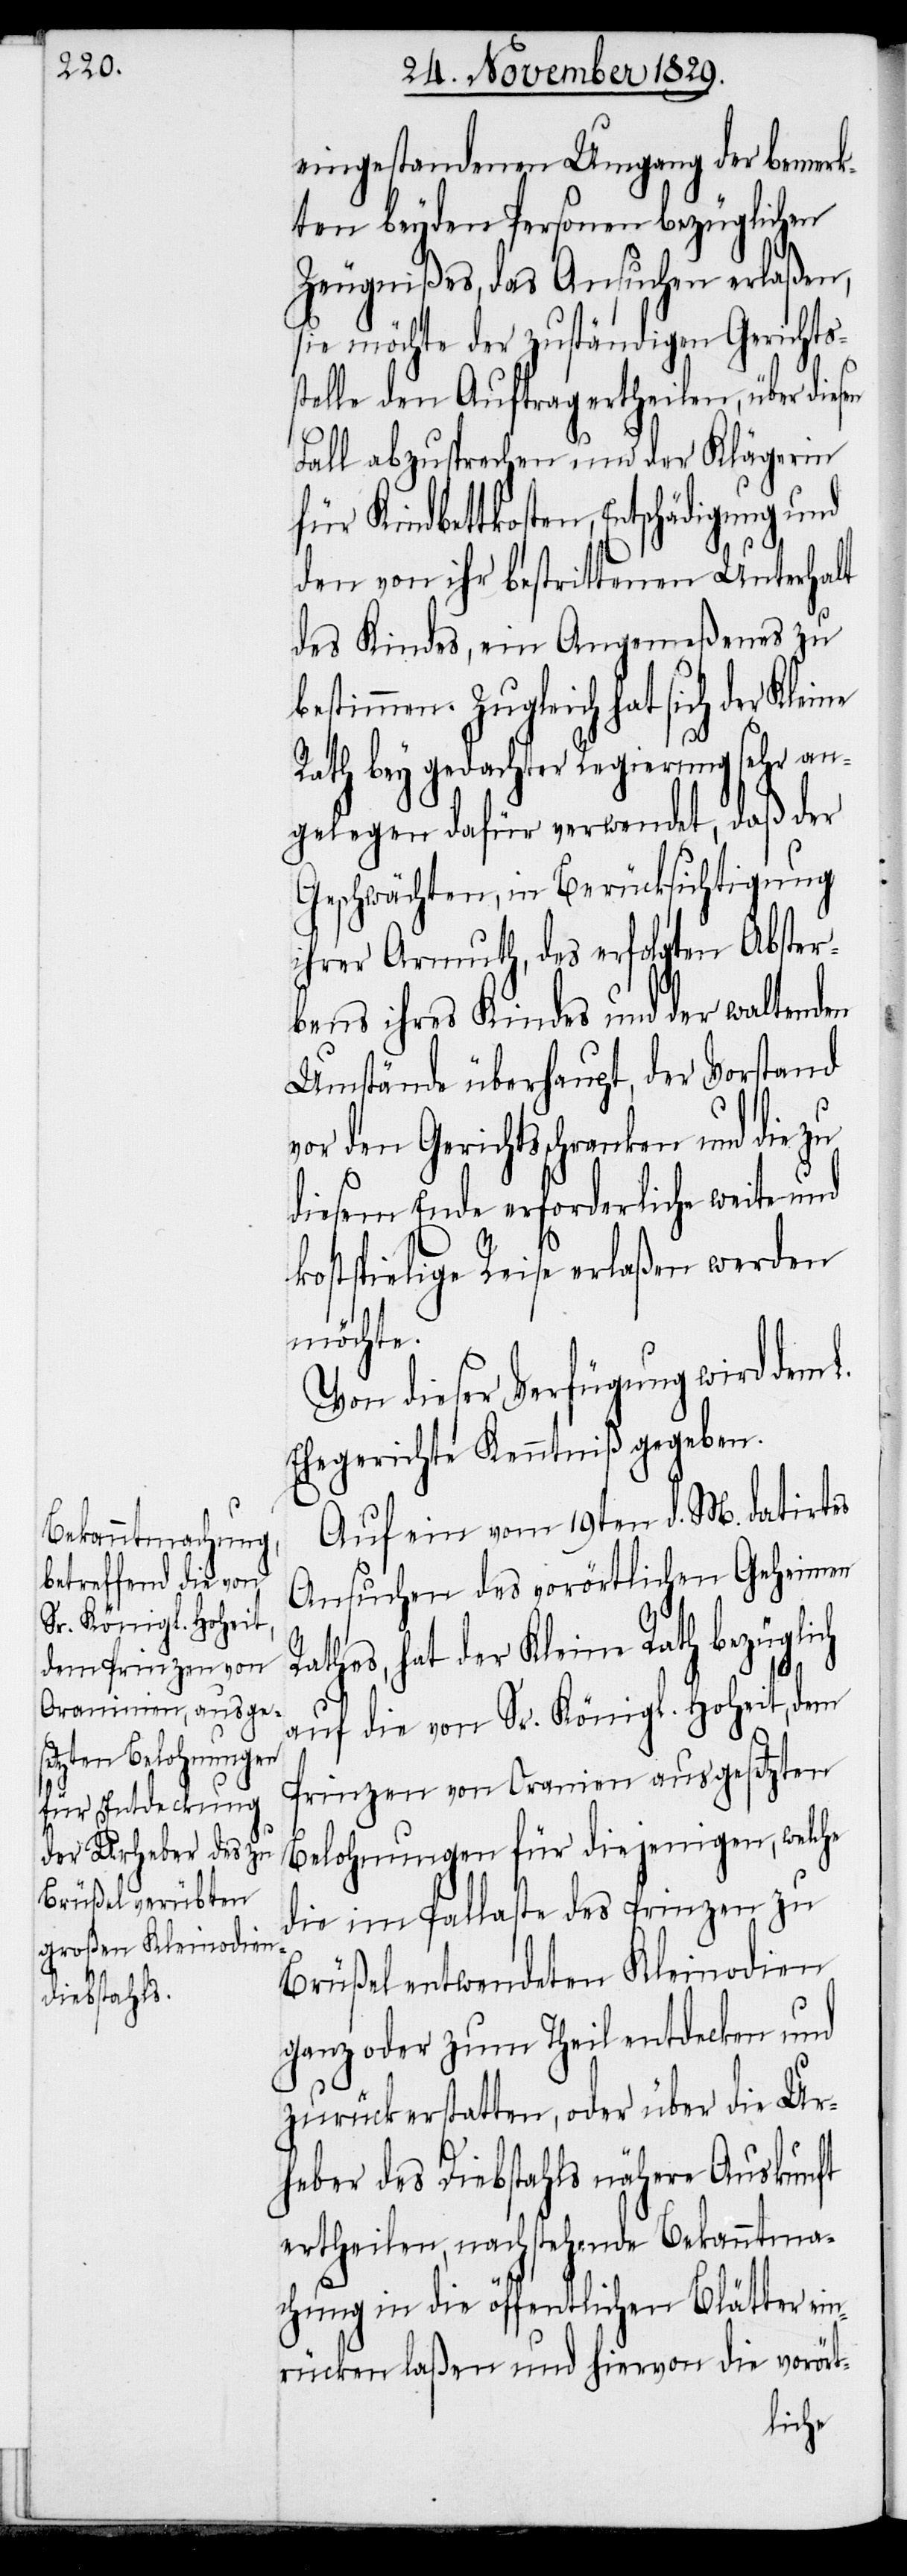
R¬

eingestandenen Umgang der bemerk¬
ten beyden Personen bezüglichen
Zeugnißes, das Ansuchen erlaßen,
sie möchte der zuständigen Gerichts¬
stelle den Auftrag ertheilen, über
Fall abzusprechen und der Klägerin
Kindbettkosten, Entschädigung und
den von ihr bestrittenen Unterhalt
des Kindes, ein Angemeßenes zu
bestimmen. Zugleich hat sich der Kleine
Rath bey gedachter Regierung sehr an¬
gelegen dafür verwendet, daß der
Geschwächten, in Berücksichtigung
ihrer Armuth, des erfolgten Abster¬
bens ihres Kindes und der waltenden
Umstände überhaupt, der Vorstand
vor den Gerichtsschranken und die zu
diesem Ende erforderliche weite und
kostspielige Reise erlaßen werden
möchte.
Von dieser Verfügung wird dem
Ehegerichte Kenntniß gegeben.
Auf ein vom 19ten d. M. datirtes
Ansuchen des vorörtlichen Geheimen
athes, hat der Kleine Rath bezüglich
auf die von Sr. Königl. Hoheit, dem
Prinzen von Oranien ausgesetzten
Belohnungen für diejenigen, welche
die im Pallaste des Prinzen zu
Brüßel entwendeten Kleinodien
ganz oder zum Theil entdecken und
zurückerstatten, oder über die Ur¬
heber des Diebstahls nähere Auskunft
ertheilen, nachstehende Bekanntma¬
chung in die öffentlichen Blätter ei¬
nrücken laßen und hiervon die vorört-